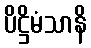
ပိဋ္ဌိမံသာနိ